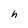
Character: h